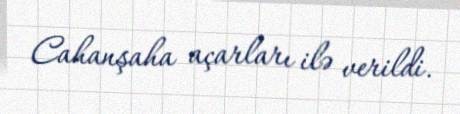
Cahanşaha açarları ilə verildi.